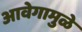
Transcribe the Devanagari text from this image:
आवेगामुळे